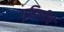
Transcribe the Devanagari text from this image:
गृहिणीचे